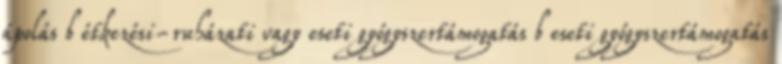
ápolás b étkezési-ruházati vagy eseti gyógyszertámogatás b eseti gyógyszertámogatás